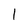
Character: 1